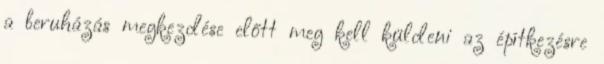
a beruházás megkezdése előtt meg kell küldeni az építkezésre